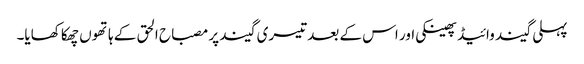
پہلی گیند وائیڈ پھینکی اور اس کے بعد تیسری گیند پر مصباح الحق کے ہاتھوں چھکا کھایا۔